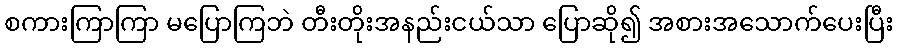
စကားကြာကြာ မပြောကြဘဲ တီးတိုးအနည်းငယ်သာ ပြောဆို၍ အစားအသောက်ပေးပြီး